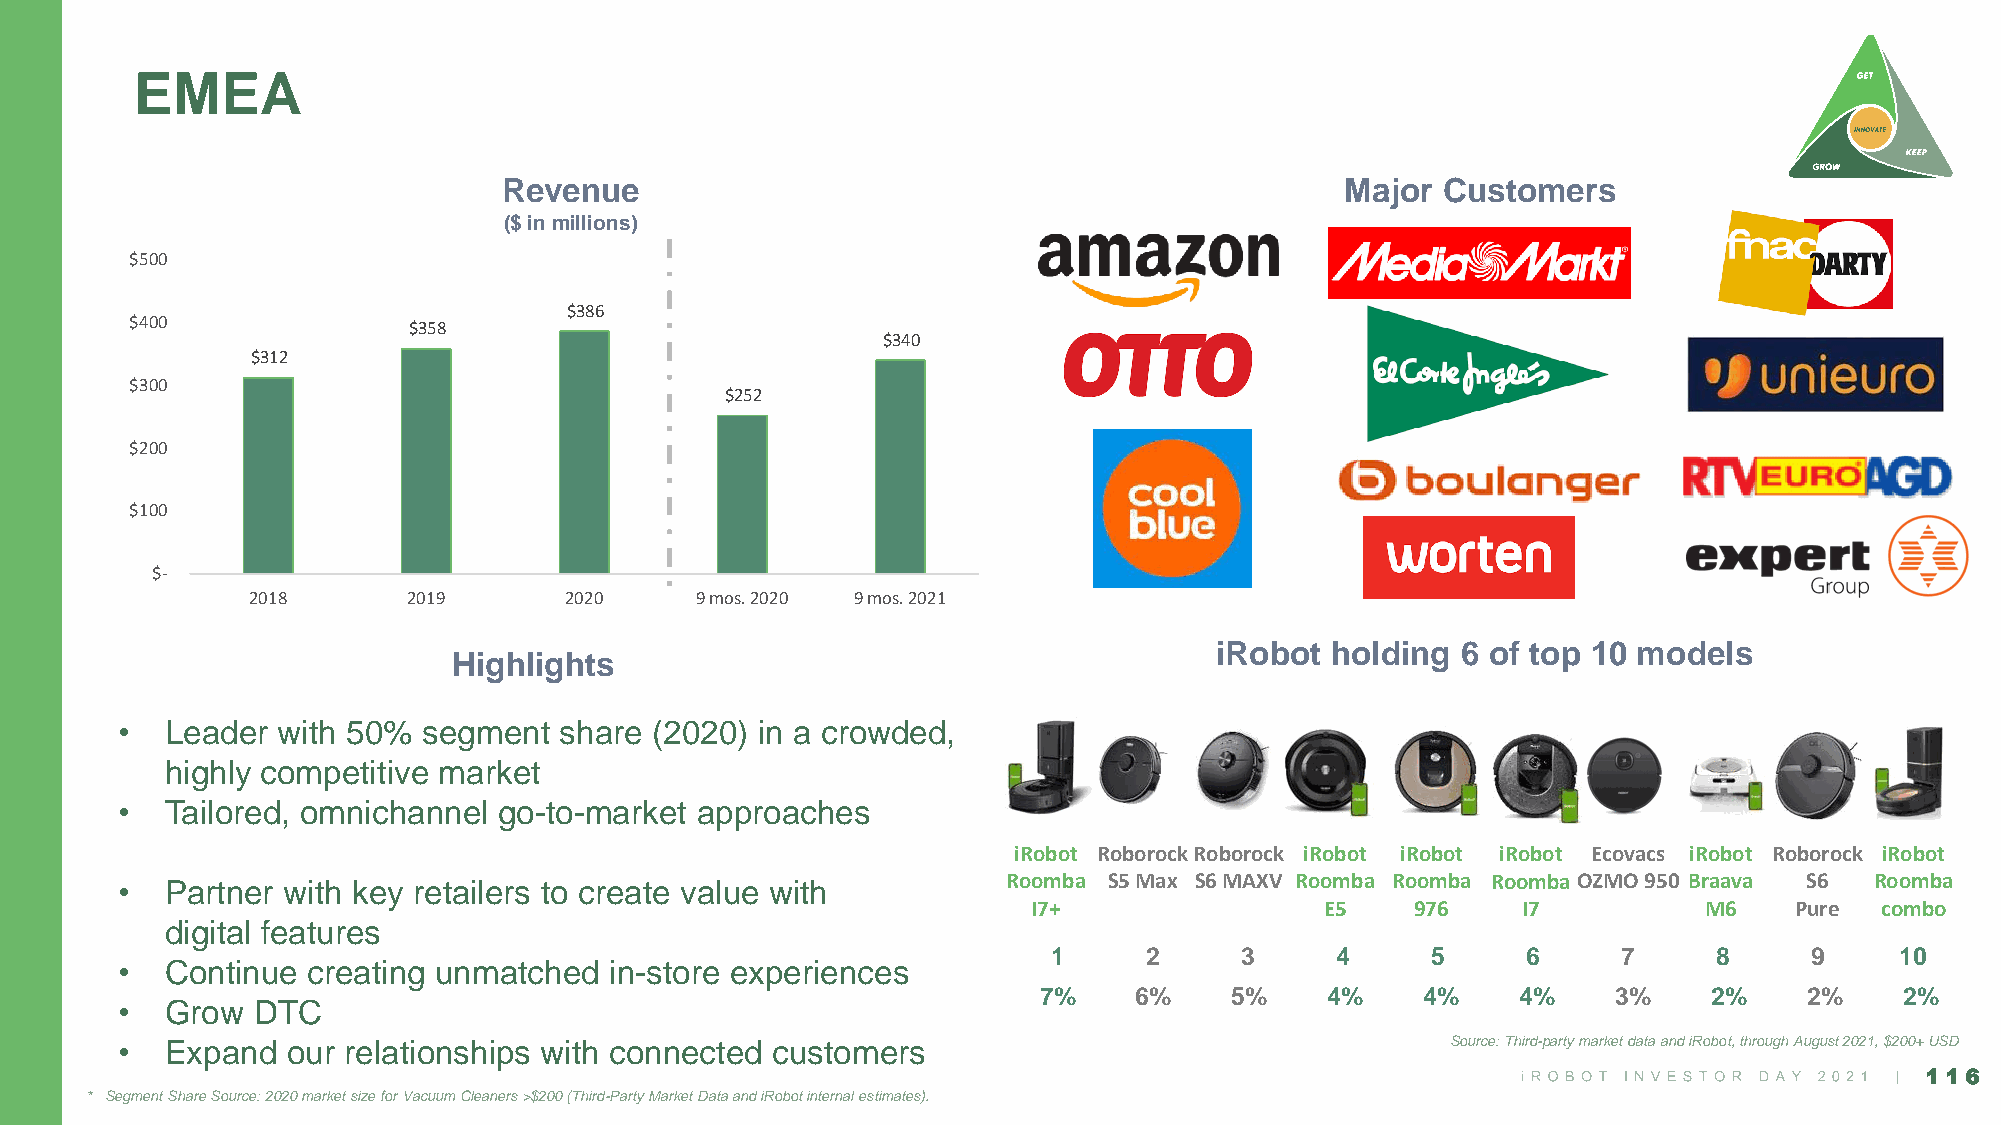
EMEA
 Revenue                                                 Major Customers
 ($ in millions)
 $500
 $386
 $400
 $358
 $340
 $312
 $300
 $252
 $200
 $100
 $-
 2018       2019      2020     9 mos. 2020 9 mos. 2021
 iRobot  holding  6 of top 10 models
 Highlights
 •  Leader with 50%  segment  share (2020) in a crowded,
 highly competitive market
 •  Tailored, omnichannel go-to-market approaches
 iRobot RoborockRoborock iRobot iRobot iRobot Ecovacs iRobot Roborock iRobot
 Roomba S5 Max S6 MAXV Roomba Roomba RoombaOZMO 950 Braava S6 Roomba
 •  Partner with key retailers to create value with
 I7+                 E5    976    I7          M6    Pure combo
 digital features
 1     2     3     4      5     6     7      8     9     10
 •  Continue creating unmatched  in-store experiences
 7%    6%    5%     4%    4%     4%    3%    2%     2%    2%
 •  Grow  DTC
 •  Expand  our relationships with connected customers                                   Source: Third-party market data and iRobot, through August 2021, $200+ USD
 116
 * Segment Share Source: 2020 market size for Vacuum Cleaners >$200 (Third-Party Market Data and iRobot internal estimates).